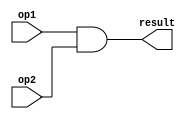
module and_16bit(
    op1,
    op2,
    result 
);

input[15:0] op1, op2;
output[15:0] result;

assign result = op1 & op2;

endmodule // and_16bit